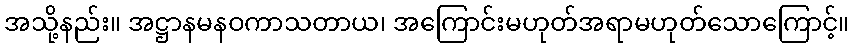
အသို့နည်း။ အဋ္ဌာနမနဝကာသတာယ၊ အကြောင်းမဟုတ်အရာမဟုတ်သောကြောင့်။